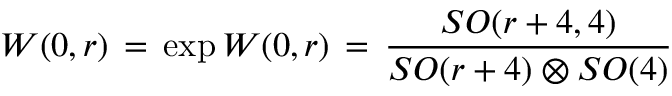
{ \cal W } ( 0 , r ) \, = \, \exp { W ( 0 , r ) } \, = \, \frac { S O ( r + 4 , 4 ) } { S O ( r + 4 ) \otimes S O ( 4 ) }